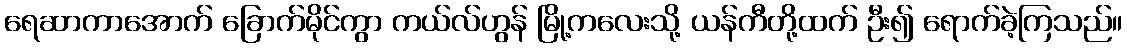
ရေဆာကာအောက် ခြောက်မိုင်ကွာ ကယ်လ်ဟွန် မြို့ကလေးသို့ ယန်ကီတို့ထက် ဦး၍ ရောက်ခဲ့ကြသည်။